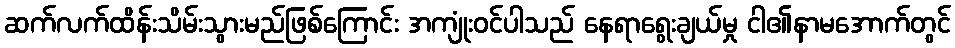
ဆက်လက်ထိန်းသိမ်းသွားမည်ဖြစ်ကြောင်း အကျုံးဝင်ပါသည် နေရာရွေးချယ်မှု ငါ၏နာမအောက်တွင်